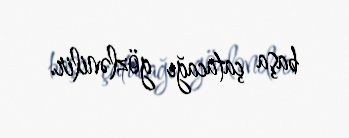
başa çatacağı gözlənilir.